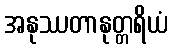
အနုဿတာနုတ္တရိယံ